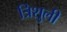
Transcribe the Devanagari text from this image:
त्रिशुली